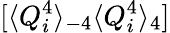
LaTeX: [\langle Q_{i}^{4}\rangle_{-4}\langle Q_{i}^{4}\rangle_{4}]